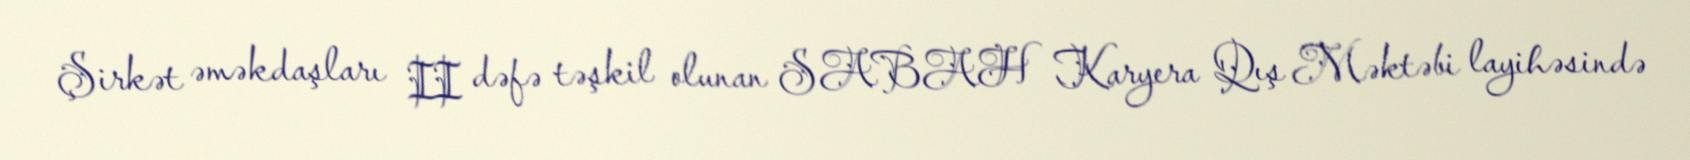
Şirkət əməkdaşları II dəfə təşkil olunan SABAH Karyera Qış Məktəbi layihəsində